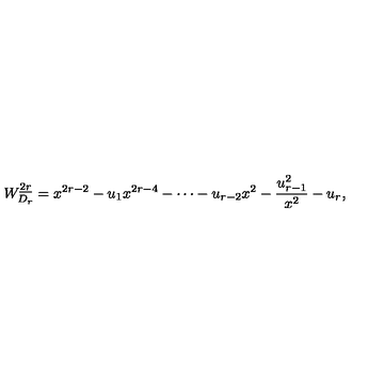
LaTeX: W _ { D _ { r } } ^ { \underline { { 2 r } } } = x ^ { 2 r - 2 } - u _ { 1 } x ^ { 2 r - 4 } - \cdots - u _ { r - 2 } x ^ { 2 } - { \frac { u _ { r - 1 } ^ { 2 } } { x ^ { 2 } } } - u _ { r } ,